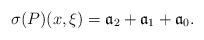
LaTeX: \begin{align*}\sigma (P)(x,\xi )=\mathfrak a_{2}+\mathfrak a_{1}+\mathfrak a_{0}.\end{align*}